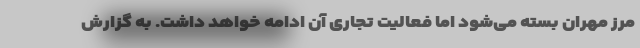
مرز مهران بسته می‌شود اما فعالیت تجاری آن ادامه خواهد داشت. به گزارش